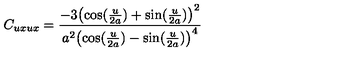
C _ { u x u x } = { \frac { - 3 { { \left( \cos ( { \frac { u } { 2 a } } ) + \sin ( { \frac { u } { 2 a } } ) \right) } ^ { 2 } } } { { a ^ { 2 } } { { \left( \cos ( { \frac { u } { 2 a } } ) - \sin ( { \frac { u } { 2 a } } ) \right) } ^ { 4 } } } }